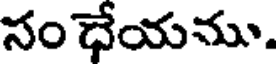
సం ధేయము.